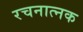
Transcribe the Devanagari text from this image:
रचनात्नक